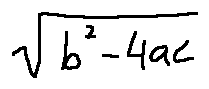
\sqrt { b ^ { 2 } - 4 a c }